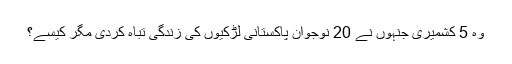
وہ 5 کشمیری جنہوں نے 20 نوجوان پاکستانی لڑکیوں کی زندگی تباہ کردی مگر کیسے؟